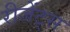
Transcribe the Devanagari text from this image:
रीजेंट्स